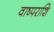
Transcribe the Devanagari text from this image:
वाष्पराशि